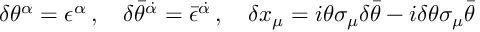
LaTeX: \delta \theta ^ { \alpha } = \epsilon ^ { \alpha } \, , \quad \delta \bar { \theta } ^ { \dot { \alpha } } = \bar { \epsilon } ^ { \dot { \alpha } } \, , \quad \delta x _ { \mu } = i \theta \sigma _ { \mu } \delta \bar { \theta } - i \delta \theta \sigma _ { \mu } \bar { \theta }